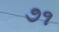
૭૧